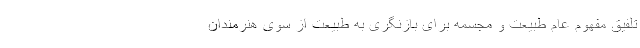
تلفیق مفهوم عام طبیعت و مجسمه برای بازنگری به طبیعت از سوی هنرمندان